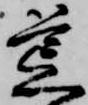
荒